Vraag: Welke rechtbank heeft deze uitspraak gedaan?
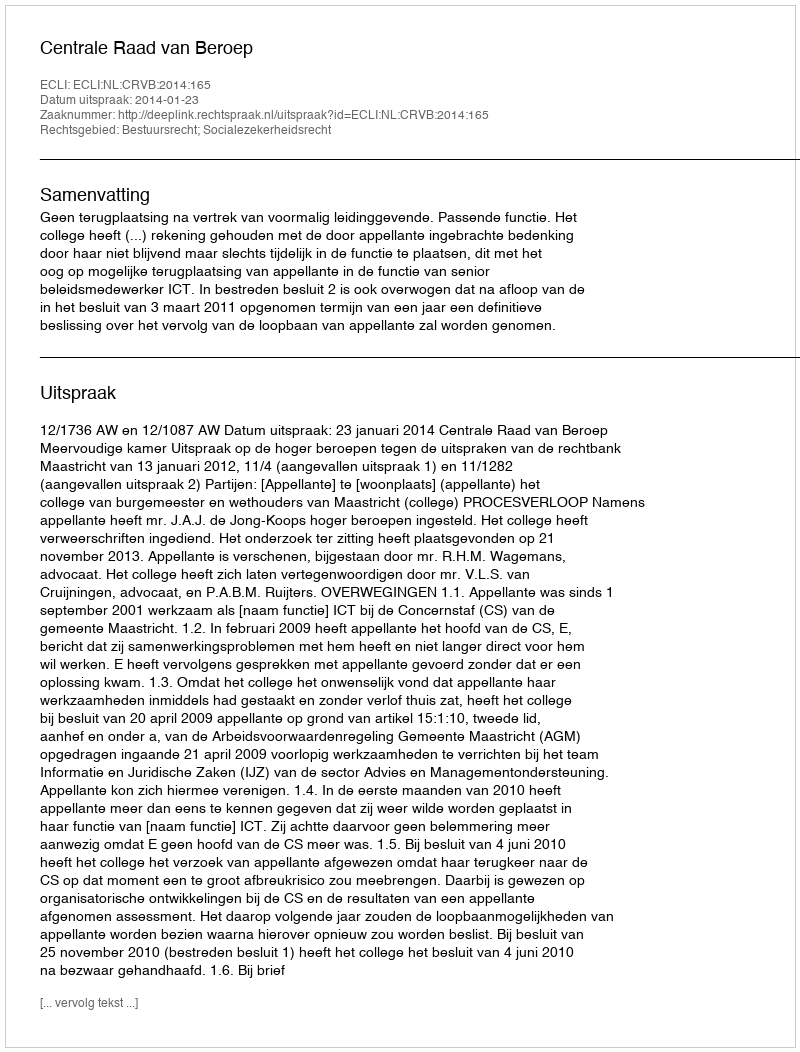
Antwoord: Centrale Raad van Beroep